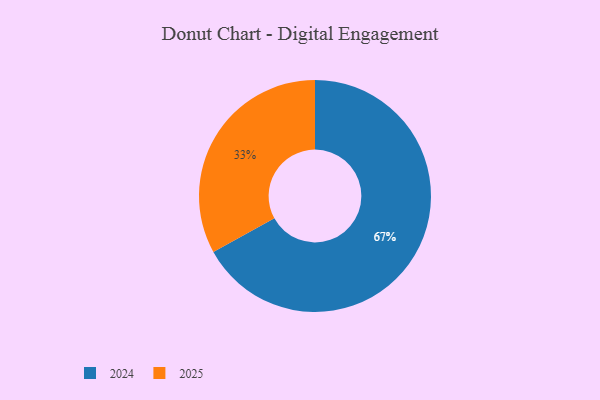
{"axis": {"x": "Category", "y": "Percentage"}, "legend": ["2024", "2025"], "data": [{"x": "2025", "y": 33, "type": "2025"}, {"x": "2024", "y": 67, "type": "2024"}]}